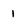
Character: 1